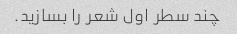
چند سطر اول شعر را بسازید.